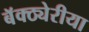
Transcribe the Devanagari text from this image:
बॅक्ठ्येरीया